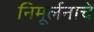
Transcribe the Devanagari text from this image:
निमूर्लनाचे